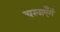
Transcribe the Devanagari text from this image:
चखाएँगें